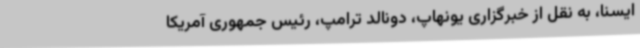
ایسنا، به نقل از خبرگزاری یونهاپ، دونالد ترامپ، رئیس جمهوری آمریکا